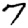
Digit: 7